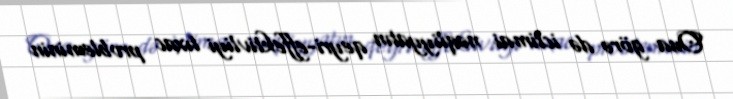
Ona görə də ictimai nəqliyyatın qeyri-effektivliyi tıxac probleminin